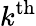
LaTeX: k^{\mathrm{{th}}}